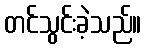
တင်သွင်းခဲ့သည်။